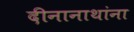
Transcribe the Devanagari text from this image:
दीनानाथांना